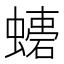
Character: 𧑠